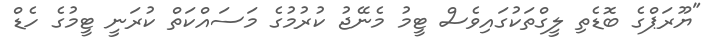
"ޔޫރަޕްގެ ބޮޑެތި ލީގްތަކުގައިވެސް ޓީމު މެނޭޖު ކުރުމުގެ މަސައްކަތް ކުރަނީ ޓީމުގެ ހެޑް